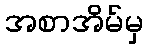
အစာအိမ်မှ